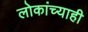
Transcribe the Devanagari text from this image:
लोकांच्याही